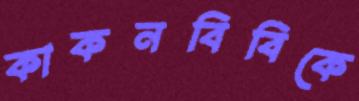
কাকনবিবিকে